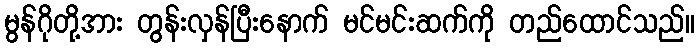
မွန်ဂိုတို့အား တွန်းလှန်ပြီးနောက် မင်မင်းဆက်ကို တည်ထောင်သည်။